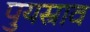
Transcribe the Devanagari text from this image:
पुयस्राव